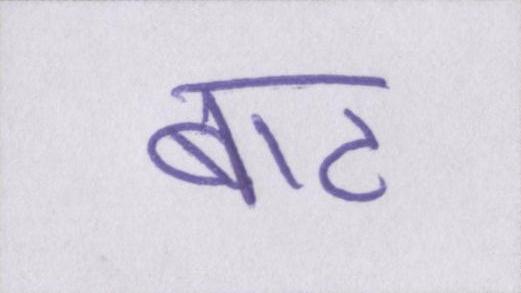
बाट